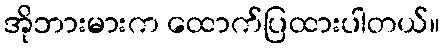
အိုဘားမားက ထောက်ပြထားပါတယ်။